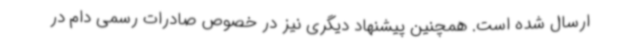
ارسال شده است. همچنین پیشنهاد دیگری نیز در خصوص صادرات رسمی دام در